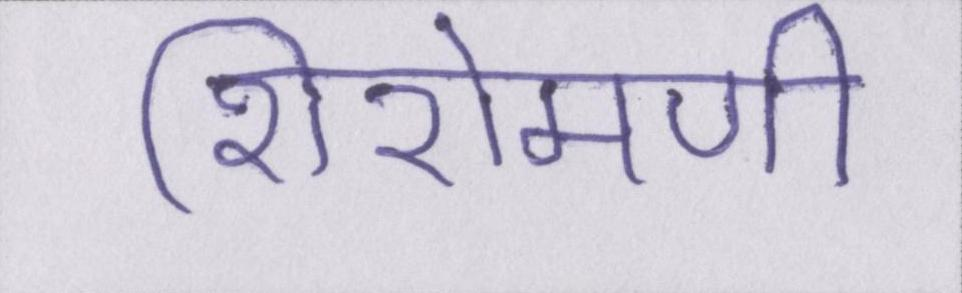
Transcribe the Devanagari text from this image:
शिरोमणी